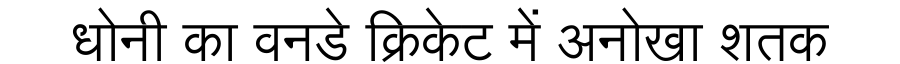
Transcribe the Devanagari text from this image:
धोनी का वनडे क्रिकेट में अनोखा शतक